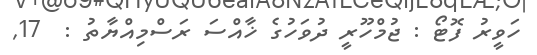
ހަވީރު ފޮޓޯ : ޖުމްހޫރީ ދުވަހުގެ ޚާއްސަ ރަސްމިއްޔާތު :  17